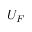
U _ { F }